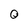
Character: 0